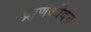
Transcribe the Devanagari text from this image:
प्राणजीवन